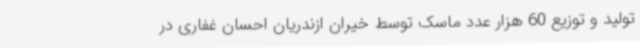
تولید و توزیع 60 هزار عدد ماسک توسط خیران ازندریان احسان غفاری در